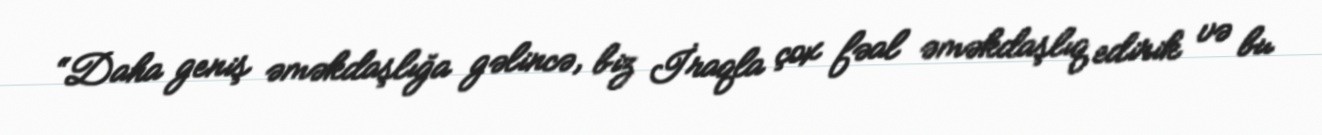
“Daha geniş əməkdaşlığa gəlincə, biz İraqla çox fəal əməkdaşlıq edirik və bu